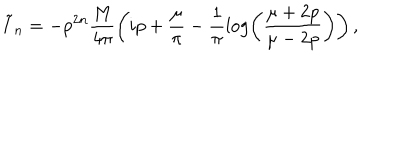
LaTeX: \tilde { I } _ { n } = - p ^ { 2 n } \frac { M } { 4 \pi } \left( i p + \frac { \mu } { \pi } - \frac { 1 } { \pi } \log \left( \frac { \mu + 2 p } { \mu - 2 p } \right) \right) ,